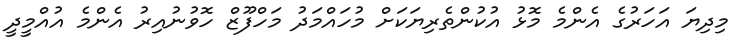
މިދިޔަ އަހަރުގެ އެންމެ މޮޅު އުކުންތެރިޔަކަށް މުހައްމަދު މަހްފޫޒް ހޮވުނުއިރު އެންމެ އުއްމީދީ